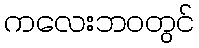
ကလေးဘဝတွင်